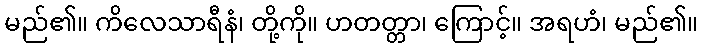
မည်၏။ ကိလေသာရီနံ၊ တို့ကို။ ဟတတ္တာ၊ ကြောင့်။ အရဟံ၊ မည်၏။